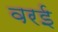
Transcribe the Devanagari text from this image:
वरई